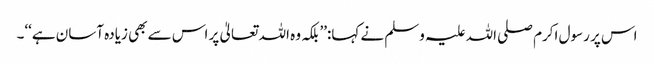
اس پر رسول اکرم صلی اللہ علیہ وسلم نے کہا:’’بلکہ وہ اللہ تعالیٰ پر اس سے بھی زیادہ آسان ہے‘‘۔